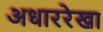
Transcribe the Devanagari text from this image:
अधाररेखा